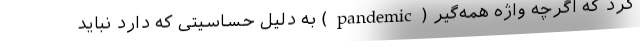
کرد که اگرچه واژه همه‌گیر (pandemic) به دلیل حساسیتی که دارد نباید